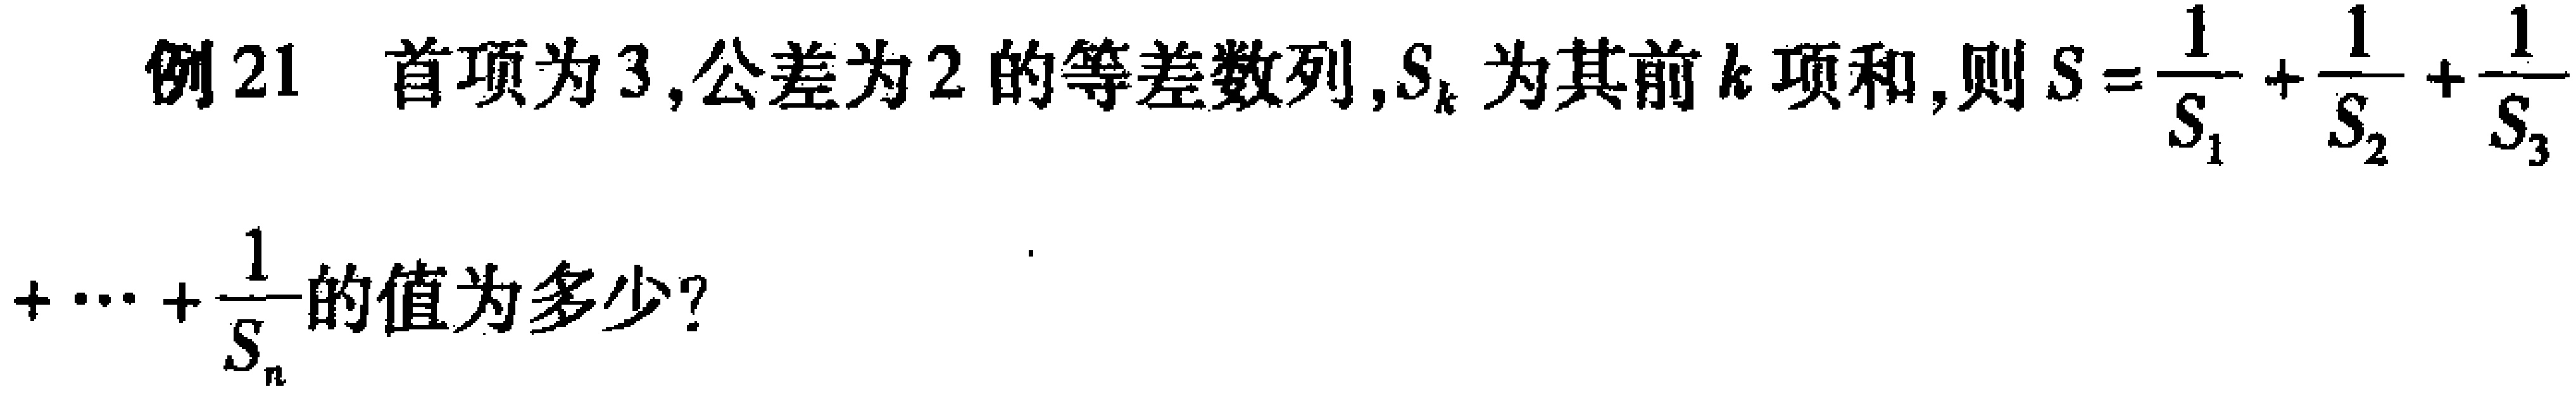
例21 首项为3,公差为2的等差数列,$S_{k}$为其前$k$项和,则$S = \frac{1}{S_{1}}+\frac{1}{S_{2}}+\frac{1}{S_{3}}+\cdots+\frac{1}{S_{n}}$的值为多少?